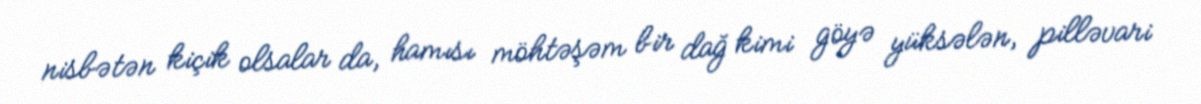
nisbətən kiçik olsalar da, hamısı möhtəşəm bir dağ kimi göyə yüksələn, pilləvari